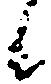
候